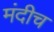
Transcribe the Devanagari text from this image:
मंदीच